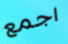
اجمع